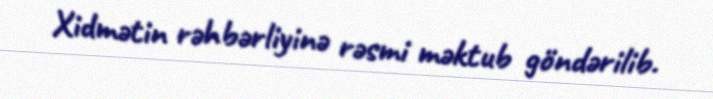
Xidmətin rəhbərliyinə rəsmi məktub göndərilib.